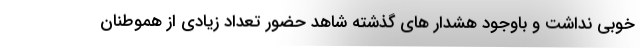
خوبی نداشت و باوجود هشدار های گذشته شاهد حضور تعداد زیادی از هموطنان